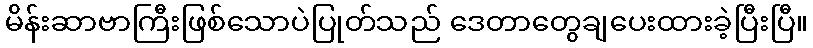
မိန်းဆာဗာကြီးဖြစ်သောပဲပြုတ်သည် ဒေတာတွေချပေးထားခဲ့ပြီးပြီ။